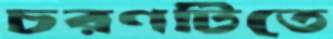
চরণটিতে